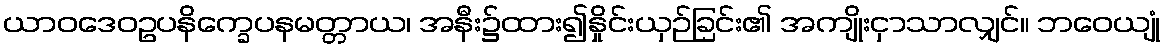
ယာဝဒေဝဥပနိက္ခေပနမတ္တာယ၊ အနီး၌ထား၍နှိုင်းယှဉ်ခြင်း၏ အကျိုးငှာသာလျှင်။ ဘဝေယျုံ